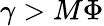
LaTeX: \gamma>M\Phi